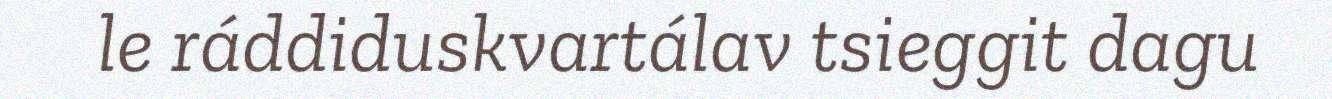
le ráddiduskvartálav tsieggit dagu